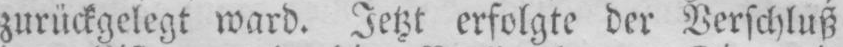
zurückgelegt ward. Jetzt erfolgte der Verschluß